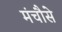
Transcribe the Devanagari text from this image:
मंचौसे